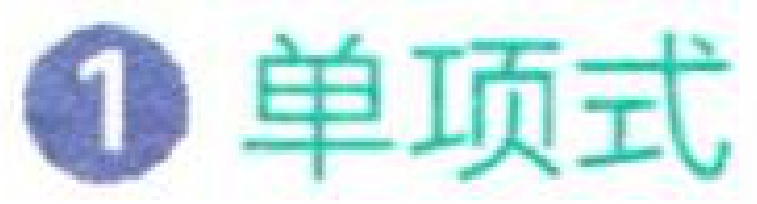
\textcircled{1} 单项式